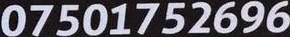
07501752696